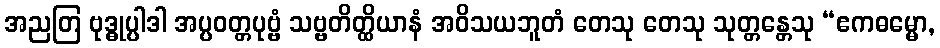
အညတြ ဗုဒ္ဓုပ္ပါဒါ အပ္ပဝတ္တပုဗ္ဗံ သဗ္ဗတိတ္ထိယာနံ အဝိသယဘူတံ တေသု တေသု သုတ္တန္တေသု “ဧကဓမ္မော,